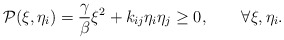
\begin{align*}\mathcal{P}(\xi,\eta_{i})=\frac{\gamma}{\beta}\xi^{2}+k_{ij}\eta_{i}\eta_{j}\geq0,\qquad\forall\xi,\eta_{i}.\end{align*}